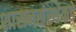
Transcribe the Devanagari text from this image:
शासनसंस्थेकडे